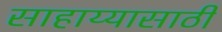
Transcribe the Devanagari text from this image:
साहाय्यासाठी